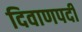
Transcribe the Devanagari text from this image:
दिवाणपदी